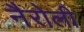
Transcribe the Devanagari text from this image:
नैरोली